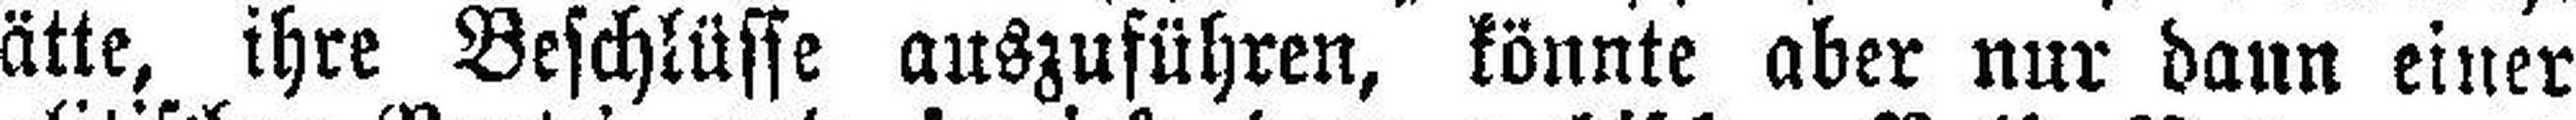
hätte, ihre Beschlüsse auszuführen, könnte aber nur dann einer